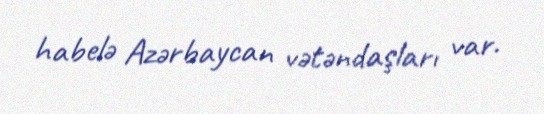
habelə Azərbaycan vətəndaşları var.